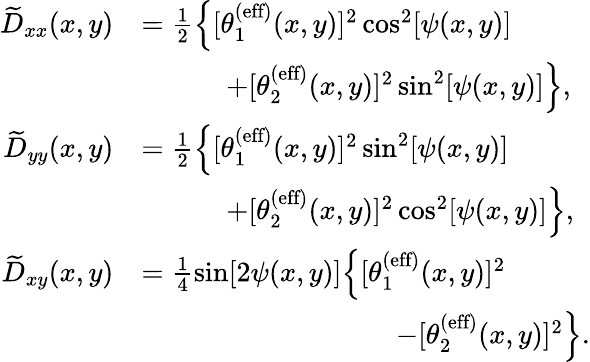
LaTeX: \begin{array}{rl}{\widetilde{D}_{xx}(x,y)}&{=\frac{1}{2}\Big\{ [\theta_{1}^{\textrm{(eff)}}(x,y)]^{2}\cos^{2}[\psi(x,y)]}\\ &{\quad\quad\quad+[\theta_{2}^{\textrm{(eff)}}(x,y)]^{2}\sin^{2}[\psi(x,y)]\Big\} ,}\\ {\widetilde{D}_{yy}(x,y)}&{=\frac{1}{2}\Big\{ [\theta_{1}^{\textrm{(eff)}}(x,y)]^{2}\sin^{2}[\psi(x,y)]}\\ &{\quad\quad\quad+[\theta_{2}^{\textrm{(eff)}}(x,y)]^{2}\cos^{2}[\psi(x,y)]\Big\} ,}\\ {\widetilde{D}_{xy}(x,y)}&{=\frac{1}{4}\sin[2\psi(x,y)]\Big\{ [\theta_{1}^{\textrm{(eff)}}(x,y)]^{2}}\\ &{\quad\quad\quad\quad\quad\quad\quad\quad\quad-[\theta_{2}^{\textrm{(eff)}}(x,y)]^{2}\Big\} .}\end{array}